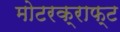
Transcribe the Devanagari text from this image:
मोटरक्राफ्ट